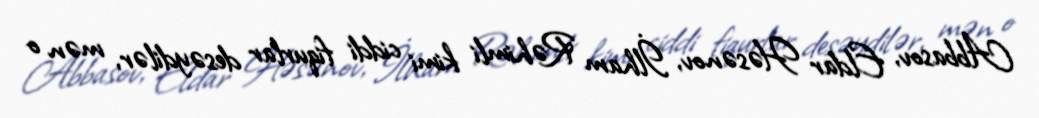
Abbasov, Eldar Həsənov, İlham Rəhimli kimi ciddi fiqurlar desəydilər, mən o